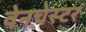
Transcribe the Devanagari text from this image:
वेनचेस्टर